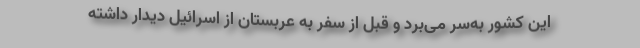
این کشور به‌سر می‌برد و قبل از سفر به عربستان از اسرائیل دیدار داشته